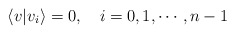
\begin{align*}\langle v|v_i\rangle=0,\quad i=0,1,\cdots,n-1\end{align*}